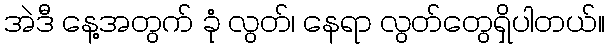
အဲဒီ နေ့အတွက် ခုံ လွတ်၊ နေရာ လွတ်တွေရှိပါတယ်။